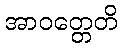
အာဝတ္တေတိ